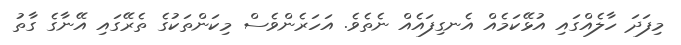
މިފަދަ ހާލެއްގައި އުޅޭކަމެއް އެނގިފައެއް ނެތެވެ. އަހަރެންވެސް މިކަންތަކުގެ ތެރޭގައި އޭނާގެ ގާތު